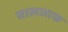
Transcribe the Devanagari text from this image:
बालजाक